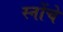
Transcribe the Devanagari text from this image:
स्नोंचे